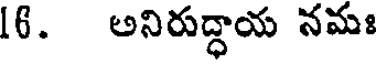
16. అనిరుద్ధాయ నమః